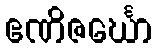
ဧဏိဇင်္ဃော